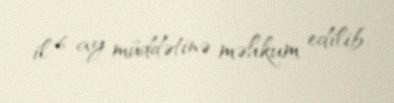
il 6 ay müddətinə məhkum edilib.